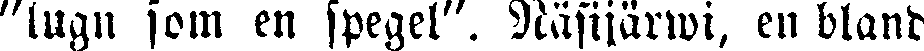
"lugn som en spegel". Näsijärwi, en bland